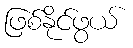
ဖြစ်နိုင်ဖွယ်